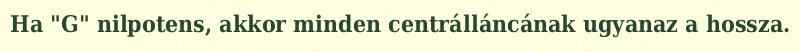
Ha "G" nilpotens, akkor minden centrálláncának ugyanaz a hossza.